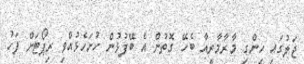
ޖަލުގައި ހިންގި މާރާމާރީއާ ބެހޭ ގޮތުން އެ ބޭފުޅުން ހުށަހެޅުއްވި ރިޕޯޓަށް ފަހު